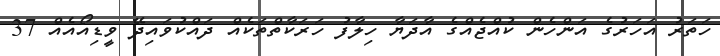
ހަތަރު އަހަރުގެ އަންހެން ކުއްޖެއްގެ އާދަޔާ ހިލާފު ހަރަކާތްތަކެއް ދައްކުވައިދޭ ވީޑިއޯއެއް 37